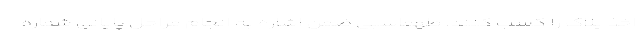
اخذ پلاک را کسب کنند. طهماسبی ضمن اشاره به انجام مراحل پایانی شماره